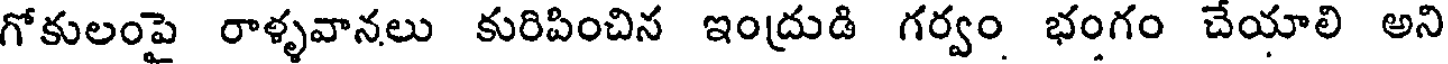
గోకులంపై రాళ్ళవానలు కురిపించిన ఇంద్రుడి గర్వం భంగం చేయాలి అని